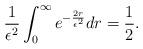
LaTeX: \begin{align*}\frac{1}{\epsilon^2}\int_0^\infty e^{-\frac{2r}{\epsilon^2}}dr=\frac12.\end{align*}